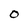
Character: O